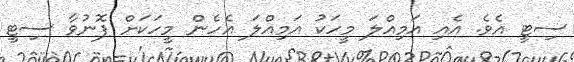
ސިޓީ އެވެ. އެއި އަމިއްލަ މީހަކު އަމިއްލަ އެހެން މީހަކަށް ފޮނުވާ ސިޓީ